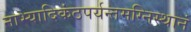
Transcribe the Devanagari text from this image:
नाभ्यादिकंठपर्यन्तमग्निस्थानं